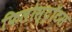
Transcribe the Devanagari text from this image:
फिलोस्ट्रॉटस